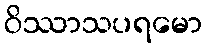
ဝိဿာသပရမော